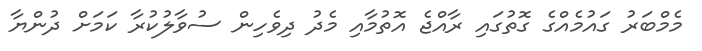
މެމްބަރު ގައުމެއްގެ ގޮތުގައި ރާއްޖެ އޮތުމާއި މެދު ދިވެހިން ސުވާލުކުރާ ކަމަށް ދުންޔާ